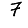
Digit: 7